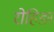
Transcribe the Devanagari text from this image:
रोहिङा